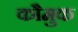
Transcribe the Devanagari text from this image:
कौमुक